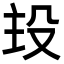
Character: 殶